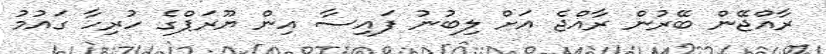
ރާއްޖޭން ބޭރުން ރާއްޖެ އަށް ލިބުނު ފައިސާ އިން ޔޫރަޕްގެ ހުރިހާ ގައުމު